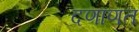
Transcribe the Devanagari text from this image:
दणाणत